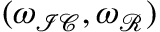
( \omega _ { \mathcal { I C } } , \omega _ { \mathcal { R } } )